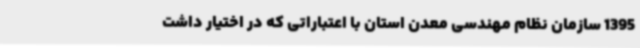
1395 سازمان نظام مهندسی معدن استان با اعتباراتی که در اختیار داشت